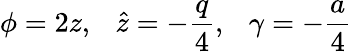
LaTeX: \phi=2z,~~~\hat{z}=-\frac{q}{4},~~~\gamma=-\frac{a}{4}